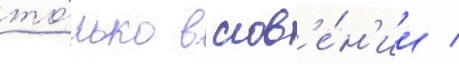
то́лько в слов'е́н'ии /